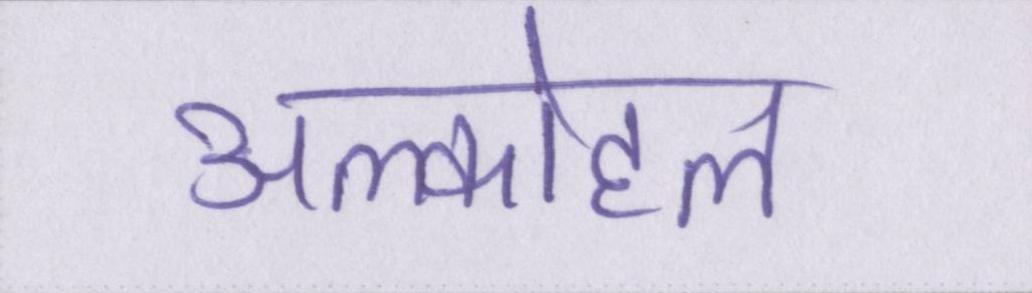
अल्कोहल